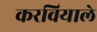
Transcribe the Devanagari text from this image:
करवियाले